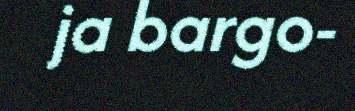
ja bargo-